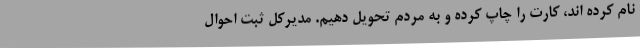
نام کرده اند، کارت را چاپ کرده و به مردم تحویل دهیم. مدیرکل ثبت احوال